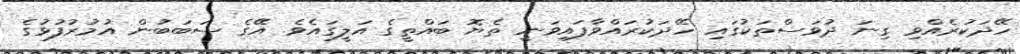
ހޭދަކުރެއްވި ގިނަ ދުވަސްތަކުގައި ހޭދަކުރައްވާފައިވަނީ ތެޔޮ ބައްތީގެ އަލީގައެވެ. އޭގެ ސަބަބުން އުމުރުފުޅުގެ